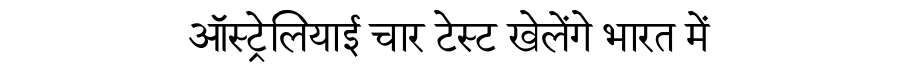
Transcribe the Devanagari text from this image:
ऑस्ट्रेलियाई चार टेस्ट खेलेंगे भारत में